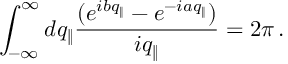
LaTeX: \int _ { - \infty } ^ { \infty } d q _ { \Vert } \frac { ( e ^ { i b q _ { \Vert } } - e ^ { - i a q _ { \Vert } } ) } { i q _ { \Vert } } = 2 \pi \, .